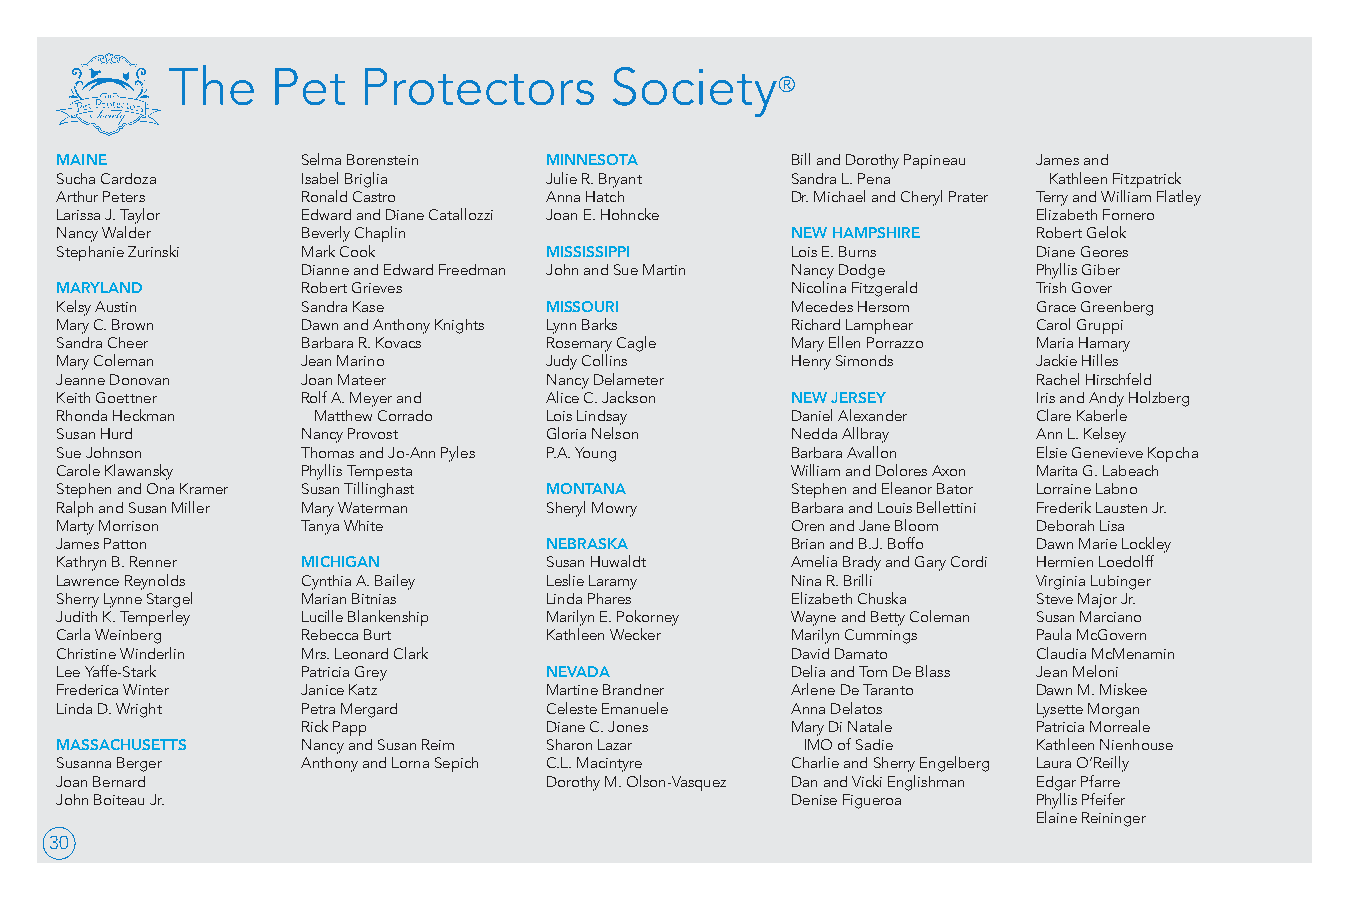
The    Pet   Protectors      Society
 ®
 MAINE           Selma Borenstein MINNESOTA      Bill and Dorothy Papineau James and
 Sucha Cardoza   Isabel Briglia  Julie R. Bryant Sandra L. Pena   Kathleen Fitzpatrick
 Arthur Peters   Ronald Castro   Anna Hatch      Dr. Michael and Cheryl Prater Terry and William Flatley
 Larissa J. Taylor Edward and Diane Catallozzi Joan E. Hohncke    Elizabeth Fornero
 Nancy Walder    Beverly Chaplin                 NEW HAMPSHIRE    Robert Gelok
 Stephanie Zurinski Mark Cook    MISSISSIPPI     Lois E. Burns    Diane Geores
 Dianne and Edward Freedman John and Sue Martin Nancy Dodge Phyllis Giber
 MARYLAND        Robert Grieves                  Nicolina Fitzgerald Trish Gover
 Kelsy Austin    Sandra Kase     MISSOURI        Mecedes Hersom   Grace Greenberg
 Mary C. Brown   Dawn and Anthony Knights Lynn Barks Richard Lamphear Carol Gruppi
 Sandra Cheer    Barbara R. Kovacs Rosemary Cagle Mary Ellen Porrazzo Maria Hamary
 Mary Coleman    Jean Marino     Judy Collins    Henry Simonds    Jackie Hilles
 Jeanne Donovan  Joan Mateer     Nancy Delameter                  Rachel Hirschfeld
 Keith Goettner  Rolf A. Meyer and Alice C. Jackson NEW JERSEY    Iris and Andy Holzberg
 Rhonda Heckman   Matthew Corrado Lois Lindsay   Daniel Alexander Clare Kaberle
 Susan Hurd      Nancy Provost   Gloria Nelson   Nedda Allbray    Ann L. Kelsey
 Sue Johnson     Thomas and Jo-Ann Pyles P.A. Young Barbara Avallon Elsie Genevieve Kopcha
 Carole Klawansky Phyllis Tempesta               William and Dolores Axon Marita G. Labeach
 Stephen and Ona Kramer Susan Tillinghast MONTANA Stephen and Eleanor Bator Lorraine Labno
 Ralph and Susan Miller Mary Waterman Sheryl Mowry Barbara and Louis Bellettini Frederik Lausten Jr.
 Marty Morrison  Tanya White                     Oren and Jane Bloom Deborah Lisa
 James Patton                    NEBRASKA        Brian and B.J. Boffo Dawn Marie Lockley
 Kathryn B. Renner MICHIGAN      Susan Huwaldt   Amelia Brady and Gary Cordi Hermien Loedolff
 Lawrence Reynolds Cynthia A. Bailey Leslie Laramy Nina R. Brilli Virginia Lubinger
 Sherry Lynne Stargel Marian Bitnias Linda Phares Elizabeth Chuska Steve Major Jr.
 Judith K. Temperley Lucille Blankenship Marilyn E. Pokorney Wayne and Betty Coleman Susan Marciano
 Carla Weinberg  Rebecca Burt    Kathleen Wecker Marilyn Cummings Paula McGovern
 Christine Winderlin Mrs. Leonard Clark          David Damato     Claudia McMenamin
 Lee Yaffe-Stark Patricia Grey   NEVADA          Delia and Tom De Blass Jean Meloni
 Frederica Winter Janice Katz    Martine Brandner Arlene De Taranto Dawn M. Miskee
 Linda D. Wright Petra Mergard   Celeste Emanuele Anna Delatos    Lysette Morgan
 Rick Papp       Diane C. Jones  Mary Di Natale   Patricia Morreale
 MASSACHUSETTS   Nancy and Susan Reim Sharon Lazar IMO of Sadie   Kathleen Nienhouse
 Susanna Berger  Anthony and Lorna Sepich C.L. Macintyre Charlie and Sherry Engelberg Laura O’Reilly
 Joan Bernard                    Dorothy M. Olson-Vasquez Dan and Vicki Englishman Edgar Pfarre
 John Boiteau Jr.                                Denise Figueroa  Phyllis Pfeifer
 Elaine Reininger
 30